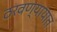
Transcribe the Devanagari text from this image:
ठरवण्यायात